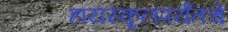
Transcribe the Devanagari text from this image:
हायस्कूलपर्यंतचे